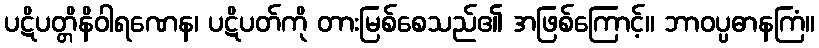
ပဋိပတ္တိနိဝါရဏေန၊ ပဋိပတ်ကို တားမြစ်စေသည်၏ အဖြစ်ကြောင့်။ ဘာဝပ္ပဓာနကြံ။